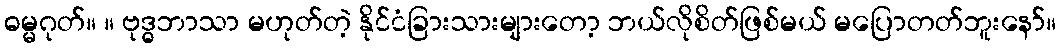
ဓမ္မဂုတ်။ ။ ဗုဒ္ဓဘာသာ မဟုတ်တဲ့ နိုင်ငံခြားသားများတော့ ဘယ်လိုစိတ်ဖြစ်မယ် မပြောတတ်ဘူးနော်။